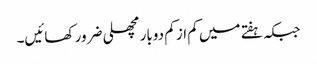
جبکہ ہفتے میں کم از کم دوبار مچھلی ضرور کھائیں۔